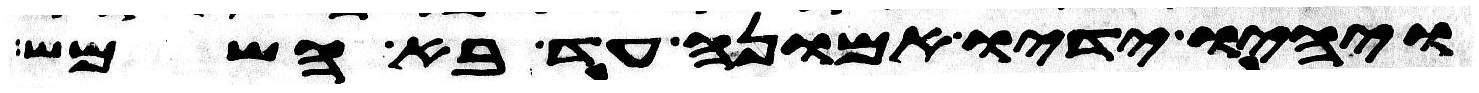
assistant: ויהיו ידיו אמונה עד בא השמש